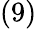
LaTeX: (9)